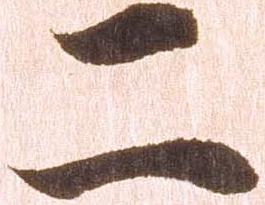
二